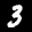
Label: 3